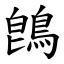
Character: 鵖